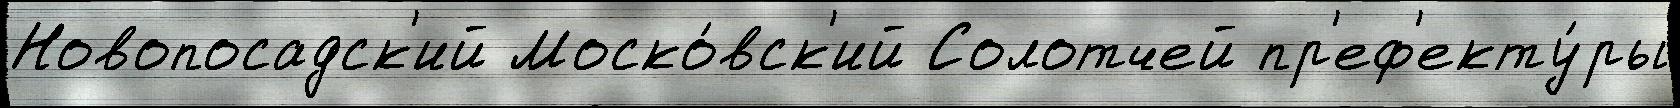
Новопосадск'ий Моско́вск'ий Солотчей пр'еф'екту́ры